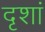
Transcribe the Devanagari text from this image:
दृशां